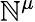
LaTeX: \mathbb{N}^{\mu}